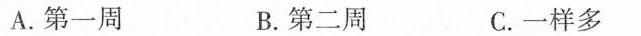
A.第一周 B.第二周 C.一样多